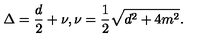
\Delta = { \frac { d } { 2 } } + \nu , \nu = { \frac { 1 } { 2 } } \sqrt { d ^ { 2 } + 4 m ^ { 2 } } .